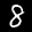
Label: 8